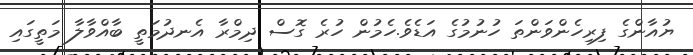
ޔުއާންގެ ފިރިހެންވަންތަ ހުނުމުގެ އަޑެވެ.ހެމުން ހުރެ ގޮސް ދިމްރާ އެނދުމަތީ ބާއްވާލާ މަތީގައި